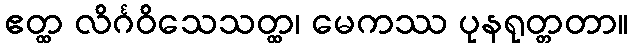
ဧတ္ထ လိင်္ဂဝိသေသတ္ထ၊ မေကဿ ပုနရုတ္တတာ။